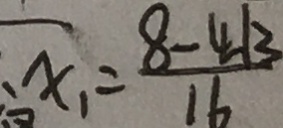
\overline { x _ { 1 } } = \frac { 8 - 4 \sqrt { 3 } } { 1 6 }